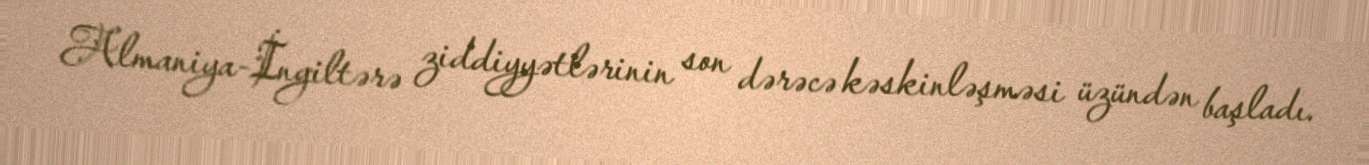
Almaniya-İngiltərə ziddiyyətlərinin son dərəcə kəskinləşməsi üzündən başladı.